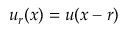
\boldsymbol u _ { r } ( \boldsymbol x ) = \boldsymbol u ( \boldsymbol x - \boldsymbol r )